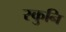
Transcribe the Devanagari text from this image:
स्कुनि